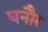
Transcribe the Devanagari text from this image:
घनौर